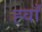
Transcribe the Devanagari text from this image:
ह्वाँ